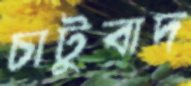
চাটুবাদ